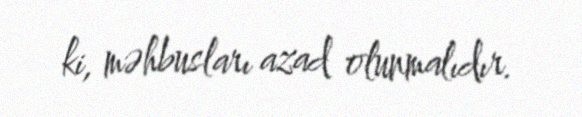
ki, məhbusları azad olunmalıdır.